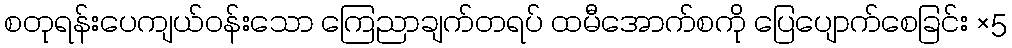
စတုရန်းပေကျယ်ဝန်းသော ကြေညာချက်တရပ် ထမီအောက်စကို ပြေပျောက်စေခြင်း ×5